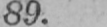
89.